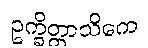
ဥက္ခိတ္တာသိကေ